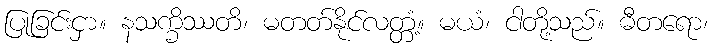
ပြုခြင်းငှာ။ နသက္ခိဿတိ၊ မတတ်နိုင်လတ္တံ့။ မယံ၊ ငါတို့သည်။ ဓီတရော၊